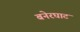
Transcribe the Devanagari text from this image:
बनेरघाट